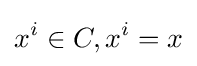
x^{i}\in C,x^{i}=x